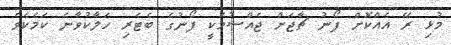
މުޅި ރޭ އެއްކޮށް ފޯނު ޗާޖަށް ޖެއްސުމަކީ ފޯނުގެ ބެޓެރި ހަލާކުވާނެ ކަމެކެވެ